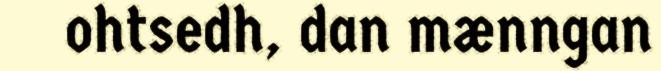
ohtsedh, dan mænngan